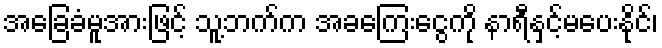
အခြေခံမူအားဖြင့် သူ့ဘက်က အခကြေးငွေကို နာရီနှင့်မပေးနိုင်၊